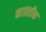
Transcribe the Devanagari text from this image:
काप्रतीक